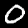
Label: 0